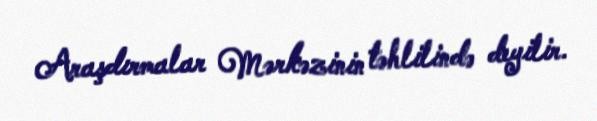
Araşdırmalar Mərkəzinin təhlilində deyilir.